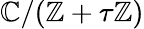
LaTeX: \mathbb{C}/(\mathbb{Z}+\tau\mathbb{Z})